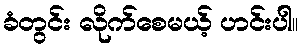
ခံတွင်း လိုက်စေမယ့် ဟင်းပါ။